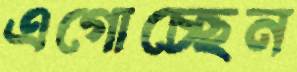
এগোচ্ছেন